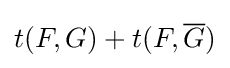
t(F,G)+t(F,{\overline {G}})